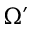
\Omega ^ { \prime }